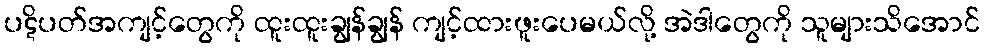
ပဋိပတ်အကျင့်တွေကို ထူးထူးချွန်ချွန် ကျင့်ထားဖူးပေမယ်လို့ အဲဒါတွေကို သူများသိအောင်